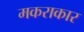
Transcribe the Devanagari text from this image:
मकराकार